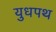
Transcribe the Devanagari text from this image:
युधपथ